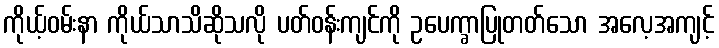
ကိုယ့်ဝမ်းနာ ကိုယ်သာသိဆိုသလို ပတ်ဝန်းကျင်ကို ဥပေက္ခာပြုတတ်သော အလေ့အကျင့်